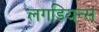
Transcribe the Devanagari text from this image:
लगडियन्स